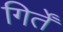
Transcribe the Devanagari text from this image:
गिर्तें